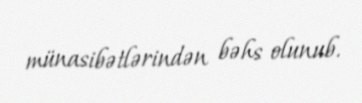
münasibətlərindən bəhs olunub.